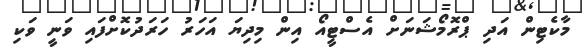
މާކެޓިން އަދި ޕްރޮމޯޝަނަށް އެސްޓީއޯ އިން މިދިޔަ އަހަރު ހަރަދުކޮށްފައި ވަނީ ވަކި